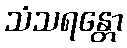
သံသရန္တော